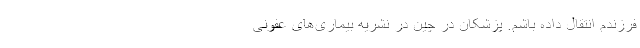
فرزندم انتقال داده‌ باشم. پزشکان در چین در نشریه بیماری‌های عفونی